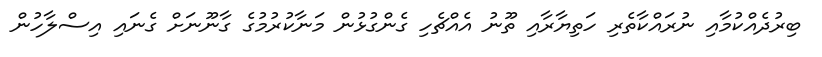
ބިރުދެއްކުމާއި ނުރައްކާތެރި ހަތިޔާރާއި ތޫނު އެެއްޗެހި ގެންގުޅުން މަނާކުރުމުގެ ގާނޫނަށް ގެނައި އިސްލާހުން